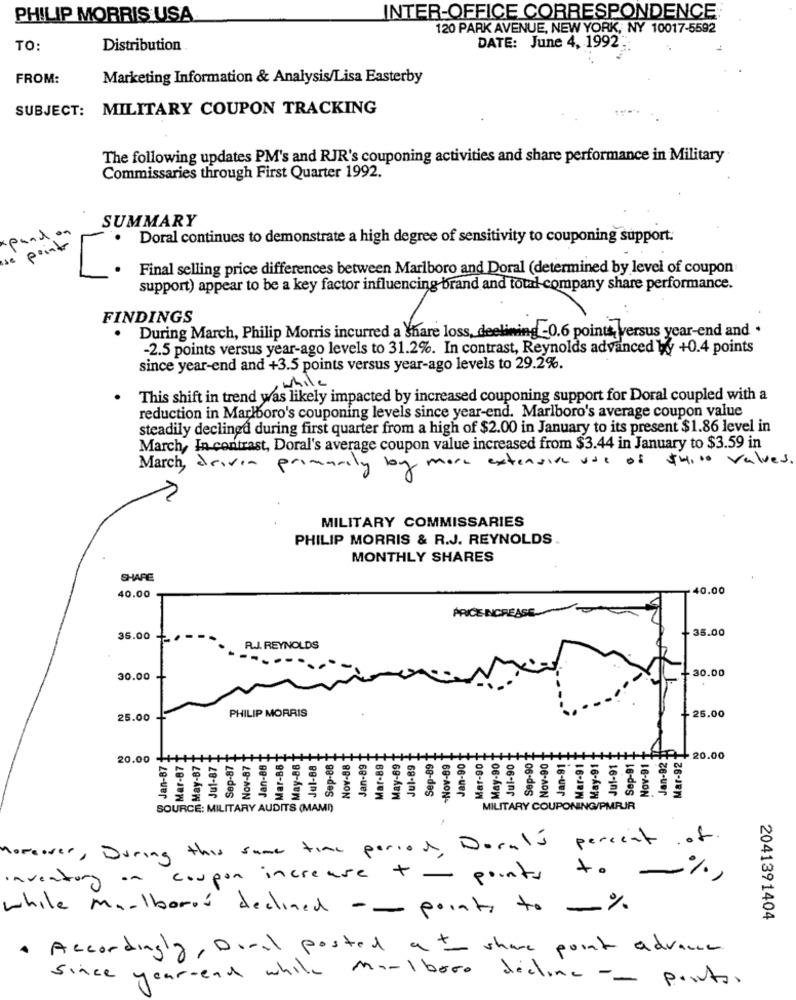
PHILIP MORRIS USA
INTER-OFFICE CORRESPONDENCE;
120 PARK AVENUE, NEW YORK, NY 10017-5592
TO:
Distribution
DATE: June 4, 1992 .:
FROM:
Marketing Information & Analysis/Lisa Easterby
SUBJECT: MILITARY COUPON TRACKING
The following updates PM's and RJR's couponing activities and share performance in Military
Commissaries through First Quarter 1992.
SUMMARY
· Doral continues to demonstrate a high degree of sensitivity to couponing support.
se poi
Final selling price differences between Marlboro and Doral (determined by level of coupon
support) appear to be a key factor influencing brand and total company share performance.
FINDINGS
During March, Philip Morris incurred a Share loss, deelining -0.6 points versus year-end and .
-2.5 points versus year-ago levels to 31.2%. In contrast, Reynolds advanced W +0.4 points
since year-end and +3.5 points versus year-ago levels to 29.2%.
,while
This shift in trend was likely impacted by increased couponing support for Doral coupled with a
reduction in Marlboro's couponing levels since year-end. Marlboro's average coupon value
steadily declined during first quarter from a high of $2.00 in January to its present $1.86 level in
March, In contrast, Doral's average coupon value increased from $3.44 in January to $3.59 in
March, driven primarily by more extensive use of $4,00 values.
MILITARY COMMISSARIES
PHILIP MORRIS & R.J. REYNOLDS.
MONTHLY SHARES
SHARE
40.00
40.00
PRICE INCREASE
35.00
35.00
RJ. REYNOLDS
-30.00
30.00
25.00
25.00
PHILIP MORRIS
-90
Mar-92
20.00 4
Jan-87
iMay-87
Nov-87
Jan-88
Mar-B8
May-88
Jul-88
Sep-88
Nov-88
Jan-89
Mar-89
May-69
Jul-89
Sep-89
-Nov-89
Jan-90
Mar-90
ay-90
Jul-90
sep-91
lov-91
Jan-92
20.00
Mar-8
Jul-87
Sep-8
av-9C
an-91
ay-91
SOURCE: MILITARY AUDITS (MAMI)
MILITARY COUPONING/PMRJR
percent of
Moreover , During this same time period , Doral's .
inventory on coupon increase + points to %
while Marlboros declined - points to %
2041391404
. Accordingly, Doral posted a to share point advance.
since year-end while marlboro decline - - pontas